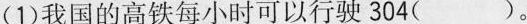
(1)我国的高铁每小时可以行驶304( )。